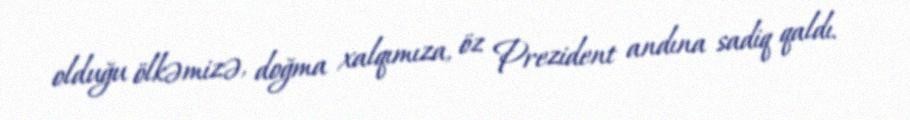
olduğu ölkəmizə, doğma xalqımıza, öz Prezident andına sadiq qaldı.